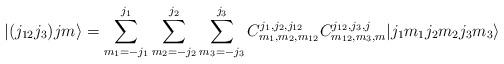
LaTeX: \begin{align*}|(j_{12}j_{3})jm\rangle=\sum_{m_{1}=-j_{1}}^{j_{1}}\sum_{m_{2}=-j_{2}}^{j_{2}}\sum_{m_{3}=-j_{3}}^{j_{3}}C_{m_{1},m_{2},m_{12}}^{j_{1},j_{2},j_{12}}C_{m_{12},m_{3},m}^{j_{12},j_{3},j}|j_{1}m_{1}j_{2}m_{2}j_{3}m_{3}\rangle\end{align*}